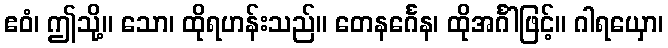
ဧဝံ၊ ဤသို့။ သော၊ ထိုရဟန်းသည်။ တေနင်္ဂေန၊ ထိုအင်္ဂါဖြင့်။ ဂါရယှော၊